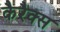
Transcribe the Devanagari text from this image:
कैरैक्स